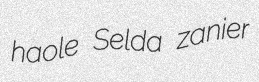
haole Selda zanier